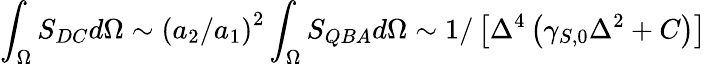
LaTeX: \int_{\Omega}S_{DC}d\Omega\sim\left(a_{2}/a_{1}\right)^{2}\int_{\Omega}S_{QBA}d\Omega\sim 1/\left[\Delta^{4}\left(\gamma_{S,0}\Delta^{2}+C\right)\right]